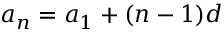
\ a _ { n } = a _ { 1 } + ( n - 1 ) d